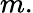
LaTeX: m.